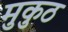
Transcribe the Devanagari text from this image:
मुकुठ